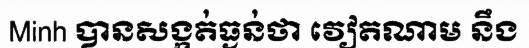
Minh បានសង្កត់ធ្ងន់ថា វៀតណាម នឹង